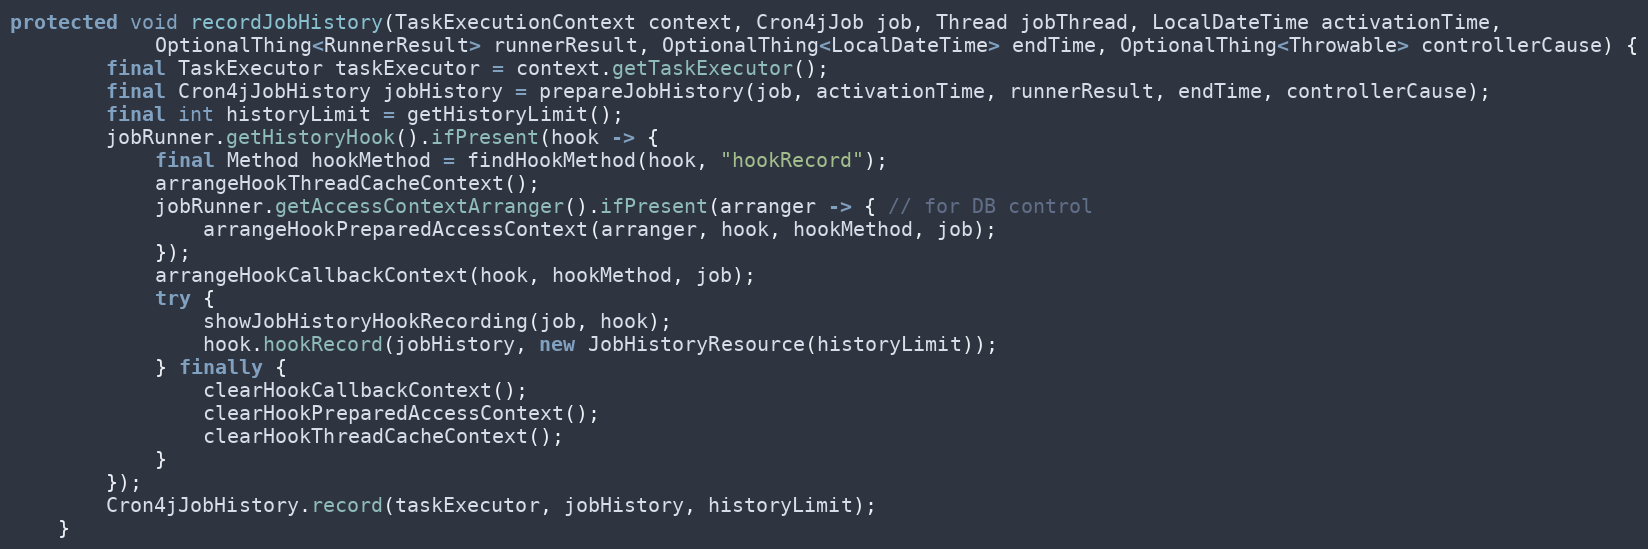
Language: Java
protected void recordJobHistory(TaskExecutionContext context, Cron4jJob job, Thread jobThread, LocalDateTime activationTime,
            OptionalThing<RunnerResult> runnerResult, OptionalThing<LocalDateTime> endTime, OptionalThing<Throwable> controllerCause) {
        final TaskExecutor taskExecutor = context.getTaskExecutor();
        final Cron4jJobHistory jobHistory = prepareJobHistory(job, activationTime, runnerResult, endTime, controllerCause);
        final int historyLimit = getHistoryLimit();
        jobRunner.getHistoryHook().ifPresent(hook -> {
            final Method hookMethod = findHookMethod(hook, "hookRecord");
            arrangeHookThreadCacheContext();
            jobRunner.getAccessContextArranger().ifPresent(arranger -> { // for DB control
                arrangeHookPreparedAccessContext(arranger, hook, hookMethod, job);
            });
            arrangeHookCallbackContext(hook, hookMethod, job);
            try {
                showJobHistoryHookRecording(job, hook);
                hook.hookRecord(jobHistory, new JobHistoryResource(historyLimit));
            } finally {
                clearHookCallbackContext();
                clearHookPreparedAccessContext();
                clearHookThreadCacheContext();
            }
        });
        Cron4jJobHistory.record(taskExecutor, jobHistory, historyLimit);
    }